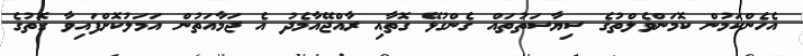
އެހެންކަމުން ކޮމަންވެލްތުގެ ސިޔާސަތުތައް ގެންގުޅޭ ގޮތާއި ރާއްޖޭއާމެދު އެ ޖަމާއަތުން އަމަލުކޮށްފައިވާ ގޮތުގެ